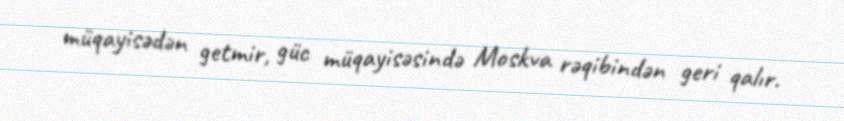
müqayisədən getmir, güc müqayisəsində Moskva rəqibindən geri qalır.